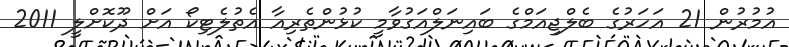
އުމުރުން 21 އަހަރުގެ ބެލްޖިއަމްގެ ބައިނަލްއަގުވާމީ ކުޅުންތެރިއާ އެތުލެޓިކޯ އަށް ދޫކޮށްލީ 2011